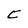
Character: C